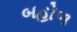
બહોળ